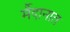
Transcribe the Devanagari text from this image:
र्मैदानात